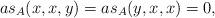
LaTeX: \begin{align*}as_{A}(x,x,y)=as_{A}(y,x,x)=0,\end{align*}